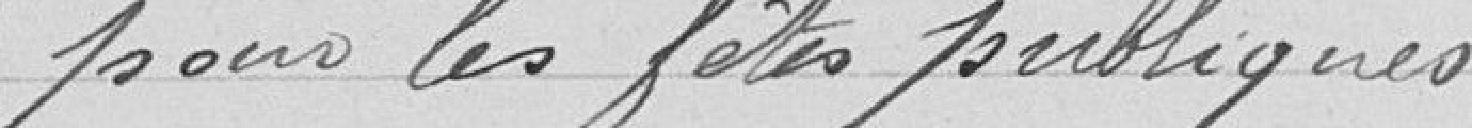
pour les fêtes publiques